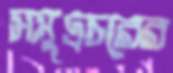
সমুদ্রচরের